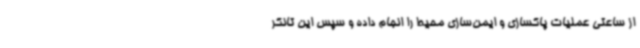
از ساعتی عملیات پاکسازی و ایمن‌سازی محیط را انجام داده و سپس این تانکر